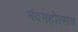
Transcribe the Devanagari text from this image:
नंदमहोत्सव